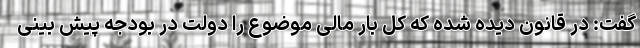
گفت: در قانون دیده شده که کل بار مالی موضوع را دولت در بودجه پیش بینی